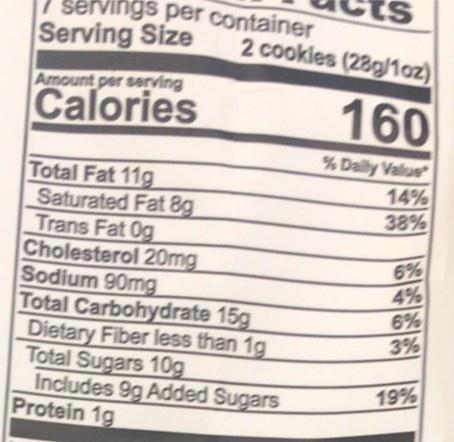
1 servings per container Serving Size
S: 2 cookies (28g/1oz)
Amount per serving
Calories
160
% Dally Value
Total Fat 11g Saturated Fat 8g Trans Fat 0g Cholesterol 20mg Sodium 90mg Total Carbohydrate 15g Dietary Fiber less than 1g Total Sugars 10g Includes 9g Added Sugars Protein 1g
14% 38%
6% 4% 6% 3%
19%